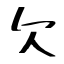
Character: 欠